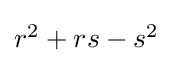
\textstyle r^{2}+rs-s^{2}